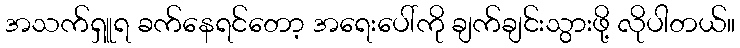
အသက်ရှူရ ခက်နေရင်တော့ အရေးပေါ်ကို ချက်ချင်းသွားဖို့ လိုပါတယ်။